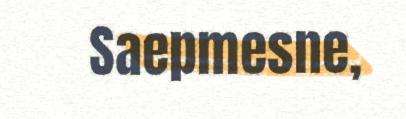
Saepmesne,